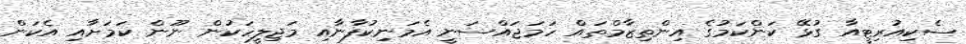
ސެކިއުރިޓީއާަ ގުޅޭ ކަންކަމުގެ އިންތިޒާމްތައް ހަމަޖައްސަނީ އެމަނިކުފާނާއި މަޖިލީހަކުން ނޫން ކަަމަށާއި އެކަން